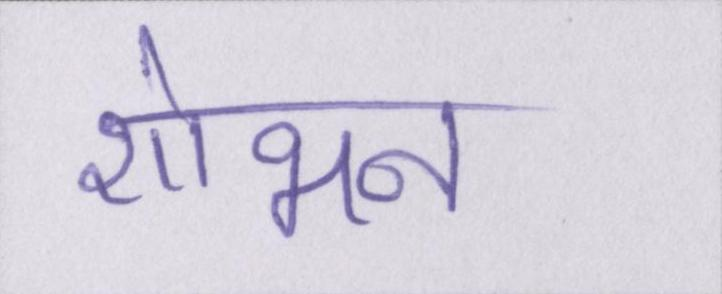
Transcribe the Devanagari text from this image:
शोभन